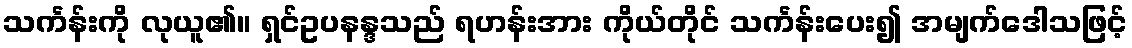
သင်္ကန်းကို လုယူ၏။ ရှင်ဥပနန္ဒသည် ရဟန်းအား ကိုယ်တိုင် သင်္ကန်းပေး၍ အမျက်ဒေါသဖြင့်